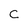
Character: C